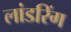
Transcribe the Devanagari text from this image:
लांडरिंग